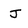
Character: J